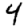
Digit: 4